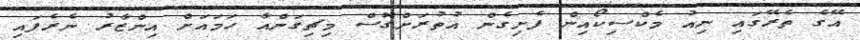
އޭގެ ތެރޭގައި ނިއު މެކްސިކޯއިން ފެށިގެން އުތުރަށްގޮސް މިޗިގަންއާ ހަމައަށް އިންޒާރު ނެރެފައި